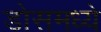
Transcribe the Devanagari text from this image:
डोसमध्ये